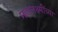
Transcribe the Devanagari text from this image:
महालक्ष्मींच्या